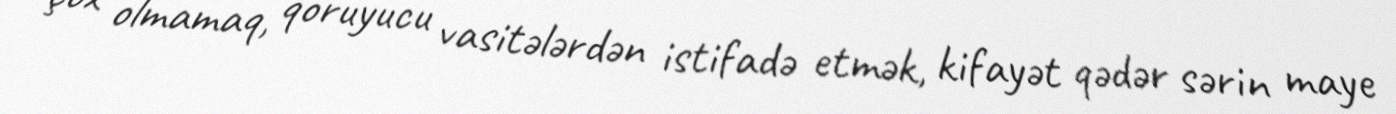
çox olmamaq, qoruyucu vasitələrdən istifadə etmək, kifayət qədər sərin maye